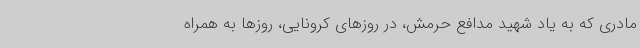
مادری که به یاد شهید مدافع حرمش، در روزهای کرونایی، روزها به همراه